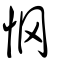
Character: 惘